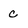
Character: c